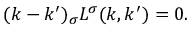
( k - k ^ { \prime } ) _ { \sigma } L ^ { \sigma } ( k , k ^ { \prime } ) = 0 .